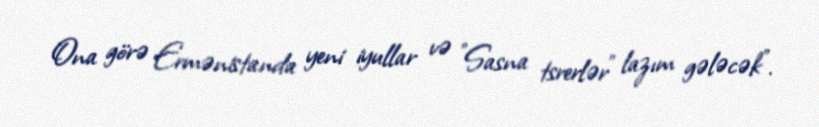
Ona görə Ermənistanda yeni iyullar və ”Sasna tsrerlər" lazım gələcək".